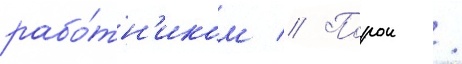
рабо́тн'иком // Порои /